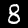
Digit: 8